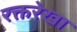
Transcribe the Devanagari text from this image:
रक्तरेखा